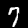
Digit: 7